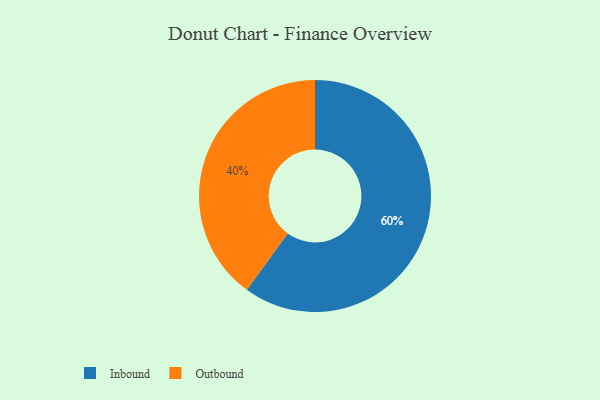
{"axis": {"x": "Category", "y": "Percentage"}, "legend": ["Inbound", "Outbound"], "data": [{"x": "Outbound", "y": 40, "type": "Outbound"}, {"x": "Inbound", "y": 60, "type": "Inbound"}]}